Report on horse surra - Volume I
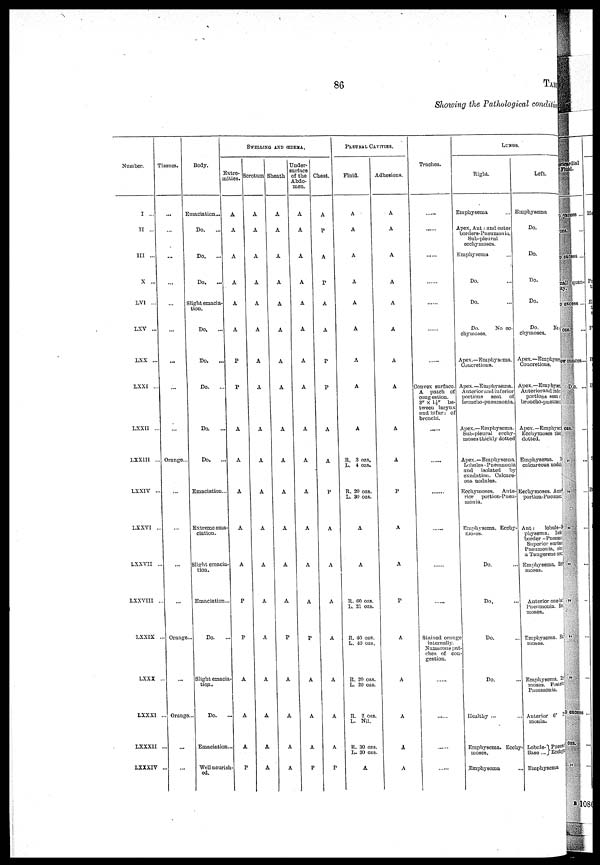
86
TABLE
Showing the Pathological conditive
Number.
I ...
II ...
III ...
X ...
LVI ...
LXV ...
LXX ...
LXXI ...
LXXII ...
LXX1II ...
LXXIV ...
LXXVI ...
LXXVII ...
IXXVIII ..
LXXIX ...
LXXX ...
LXXXI ...
LXXXII ...
LXXXIV ...
Tissucs.
...
...
...
...
...
....
...
...
...
Orange...
...
...
...
...
Orange...
...
Orange ...
...
...
Body.
Emaciation...
Do. ...
Do. ...
Do.
...
Slight emacia-
tion.
Do.
...
Do.
...
Do.
...
Do.
...
Do.
...
Emaciation ...
Extreme ema-
ciation.
Slight emacia
tion.
Emaciation. ..
Do. ...
Slight emacia-
tion..
Do.
Emaciation ...
Wellnourish-
ed.
SWELLING
AND ŒDEM A.
Extre-
mities.
A
A
A
A
A
A
P
P
A
A
A
A
A
P
P
A
A
A
P
Scrotum
A
A
A
A
A
A
A
A
A
A
A
A
A
A
A
A
A
A
A
Sheath
A
A
A
A
A
A
A
A
A
A
A
A
A
A
P
A
A
A
A
Under-
Sirface
of the
Abdo-
men.
A
A
A
A
A
A
A
A
A
A
A
A
A
A
P
A
A
A
P
Chest.
A
P
A
P
A
A
P
P
A
A
P
A
A
A
A
A
A
A
P
PLEURAL CAVITIBS.
Fluid.
A
A
A
A
A
A
A
A
A
R. 3 ozs.
L. 4 ozs.
R. 20 ozs.
L. 30 ozs.
A
A
R. 60 ozs.
L. 21 ozs.
R. 40 ozs.
L. 40 ozs.
R. 20 ozs.
L. 20 ozs.
R. 2 ozs.
L. Nil.
R. 30 ozs.
L. 30 ozs.
A
Adhesions.
A
A
A
A
A
A
A
A
A
A
P
A
A
P
A
A
A
A
A
Trachea.
......
......
......
......
Convex surface.
A patch of
congestion.
3" x 1½" be-
tween larynx
and bifur: of
bronchi.
......
......
......
......
......
......
Stained orange
internally.
Numerous pat-
ches of con
gestion.
......
......
......
......
LUNGS
Right.
Emphysema
...
Apex, Ant: and outer
borders-Pneumonia.
Sub-pleural
ecchymoses.
Emphysema
Do.
Do.
Do.
No ec-
chymoses.
Apex.—Emphysema.
Concretions.
Apex.—Emphysema.
Anterior and inferior
portions seat of
broncuo-pueumonia.
Apex.—Emphysema.
Sub-pleural ecchy-
moses thickly dotted
Apex. —Emphysema.
Lobules - Pueumonia
and isolated by
exudation. Calcare-
ous nodules.
Ecchymoses. Ante-
rior portion-Pneu-
monia.
Emphysema. Ecchy-
moses.
Do. ...
Do. ...
Do. ...
Do. ...
Healthy ...
Emphysema. Ecchy
moses.
Emphysema ...
Left.
Emphysema
Do.
Do.
Do.
Do.
Do. No ec-
chymoses.
Apex.—Emphysema
Concretions.
Apex.—Emphysema
Auteriorand inferior
portions seat c
broncho-pueumonia.
Apex. —Emphysema.
Ecchymoses tliid
dotted.
Emphysema. I
calcareous nodules
Ecchymoses. Ante
portion-Pneumonia
Ant:
lobule-
physema. Infe
border -Pneumonia
Superior surface
Pneumonia, siz
a Tangerene ora
Emphysema. Ecchy-
moses.
Anterior one-h
Pneumonia. Ecchy-
moses.
.. Emphysema.Ecchy-
moses.
.. Emphysema. Ecchy-
moses. Poste
Pneumonia.
.. Anterior 6
monia.
Lobule- }Pneumonia.
Base... Ecchymoses.
Emphysema